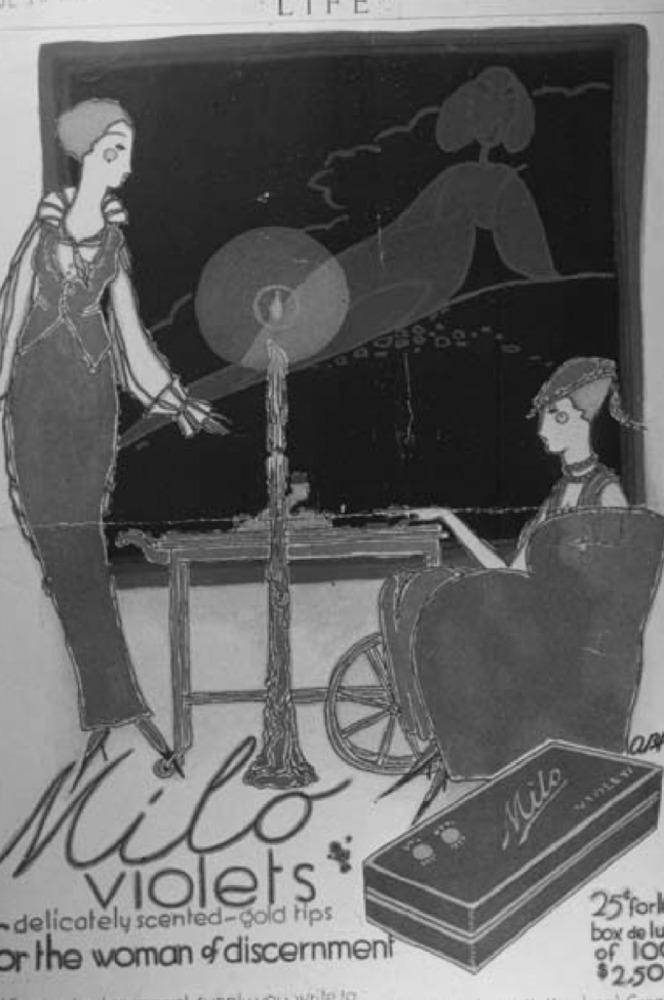
Milo
violets *
- delicately scented-gold Hps
25 For
box de lu
or the woman of discernment
of 10
$2.50